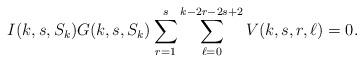
LaTeX: \begin{align*} I(k,s,S_k)G(k,s,S_k)\sum_{r=1}^{s}\sum_{\ell=0}^{k-2r-2s+2}V(k,s,r,\ell)=0. \end{align*}